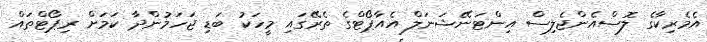
އެމެރިކާގެ ލޮސްއެންޖެލިސް އިންޓަނޭޝަނަލް އެއާޕޯޓްގެ ތެރޭގައި މީހަކު ބަޑި ޖަހަމުންދާ ކަމަށް ރިޕޯޓްތައް